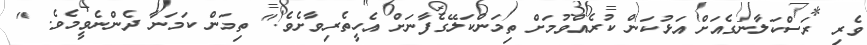
ވެރި ރަސްކަލާނގެއަށް އަޅުކަން ކުރެއްވުމަށް ތިމަންކަލޭގެފާނަށް އެހީތެރިވާށެވެ!" ތިމަން ކަމަނާ ދެންނެވީމެވެ. "